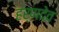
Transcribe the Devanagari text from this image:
हर्णदेव